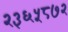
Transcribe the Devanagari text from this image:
२३६५८७२